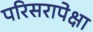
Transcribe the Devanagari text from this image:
परिसरापेक्षा